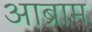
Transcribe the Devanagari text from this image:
आब्राम